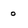
Character: o